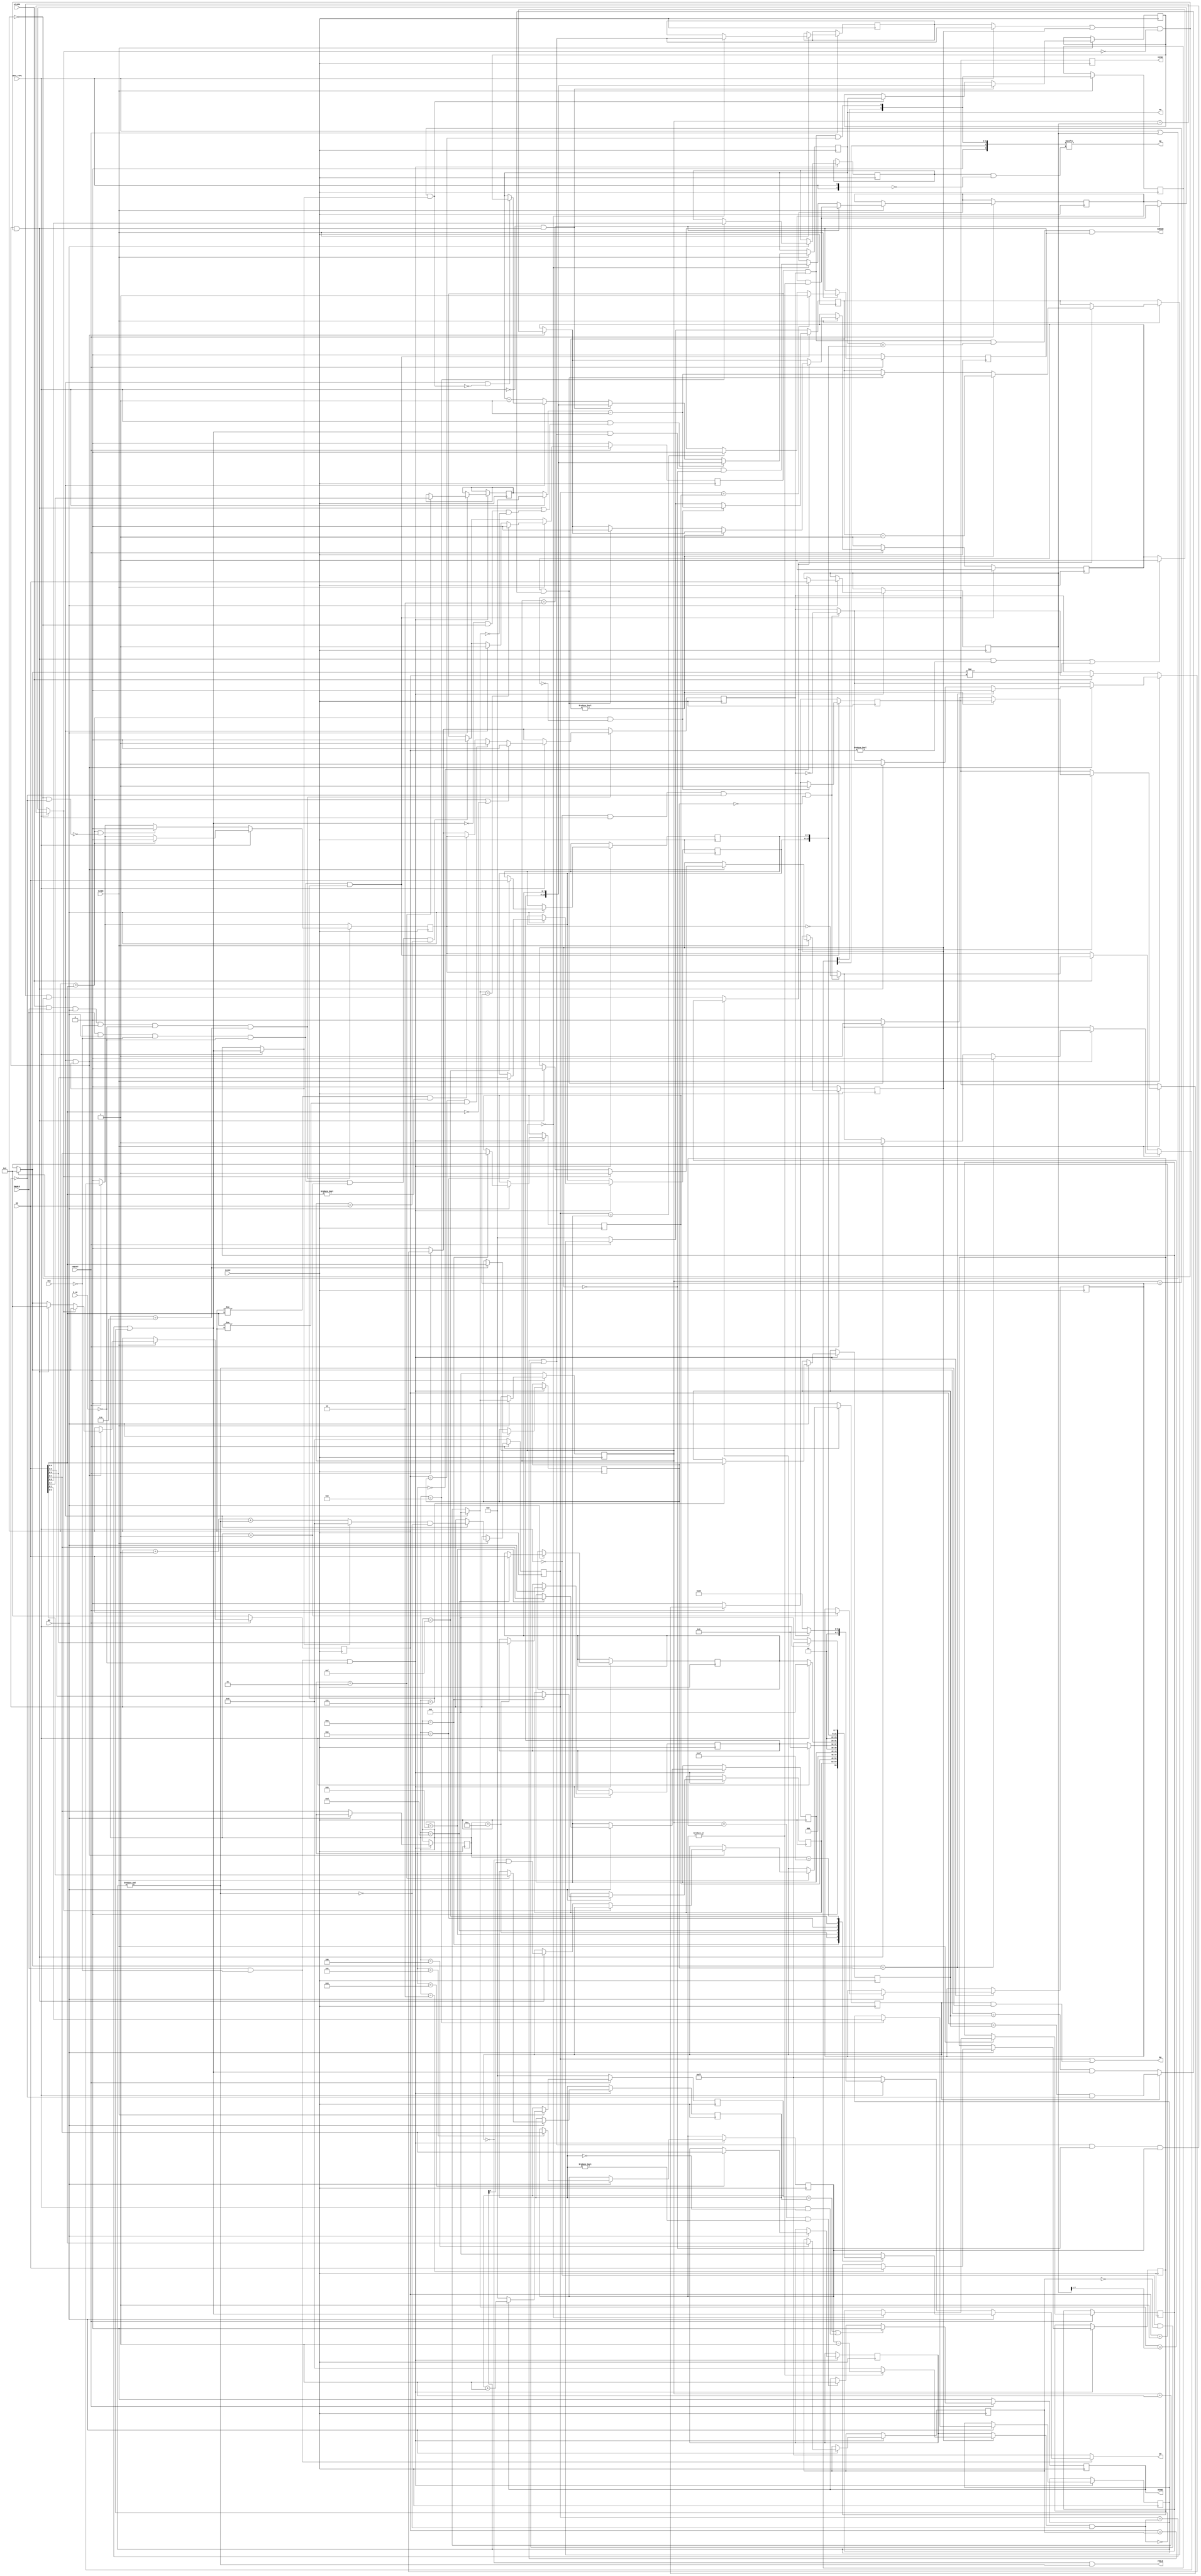
module UM6845R
(
	input            CLOCK,
	input            CLKEN,
	input            nCLKEN,
	input            nRESET,
	input            CRTC_TYPE,

	input            ENABLE,
	input            nCS,
	input            R_nW,
	input            RS,
	input      [7:0] DI,
	output reg [7:0] DO,
	
	output reg       VSYNC,
	output reg       HSYNC,
	output           DE,
	output           FIELD,
	output           CURSOR,

	output    [13:0] MA,
	output     [4:0] RA
);

/* verilator lint_off WIDTH */

assign FIELD = ~field & interlace[0];

assign MA = row_addr_r;
assign RA = line | (field & interlace[0]);

assign DE = de[R8_skew & ~{2{CRTC_TYPE}}];

reg [7:0] R0_h_total;
reg [7:0] R1_h_displayed;
reg [7:0] R2_h_sync_pos;
reg [3:0] R3_v_sync_width;
reg [3:0] R3_h_sync_width;
reg [6:0] R4_v_total;
reg [4:0] R5_v_total_adj;
reg [6:0] R6_v_displayed;
reg [6:0] R7_v_sync_pos;
reg [1:0] R8_skew;
reg [1:0] R8_interlace;
reg [4:0] R9_v_max_line;
reg [1:0] R10_cursor_mode;
reg [4:0] R10_cursor_start;
reg [4:0] R11_cursor_end;
reg [5:0] R12_start_addr_h;
reg [7:0] R13_start_addr_l;
reg [5:0] R14_cursor_h;
reg [7:0] R15_cursor_l;

reg [4:0] addr;
always @(*) begin
	DO = 8'hFF;
	if (ENABLE & ~nCS) begin
		if (RS) begin
			case (addr)
				10: DO = {R10_cursor_mode, R10_cursor_start};
				11: DO = R11_cursor_end;
				12: DO = CRTC_TYPE ? 8'h00 : R12_start_addr_h;
				13: DO = CRTC_TYPE ? 8'h00 : R13_start_addr_l;
				14: DO = R14_cursor_h;
				15: DO = R15_cursor_l;
				31: DO = CRTC_TYPE ? 8'hFF : 8'h00;
			 default: DO = 0;
			endcase
		end
		else if(CRTC_TYPE) begin
			DO = vde ? 8'h00 : 8'h20; // status for CRTC1
		end
	end
end

always @(posedge CLOCK) begin
	if (ENABLE & ~nCS & ~R_nW) begin
		if (~RS) addr <= DI[4:0];
		else begin
			case (addr)
				00: R0_h_total <= DI;
				01: R1_h_displayed <= DI;
				02: R2_h_sync_pos <= DI;
				03: {R3_v_sync_width,R3_h_sync_width} <= DI;
				04: R4_v_total <= DI[6:0];
				05: R5_v_total_adj <= DI[4:0];
				06: R6_v_displayed <= DI[6:0];
				07: R7_v_sync_pos <= DI[6:0];
				08: {R8_skew, R8_interlace} <= {DI[5:4],DI[1:0]};
				09: R9_v_max_line <= DI[4:0];
				10: {R10_cursor_mode,R10_cursor_start} <= DI[6:0];
				11: R11_cursor_end <= DI[4:0];
				12: R12_start_addr_h <= DI[5:0];
				13: R13_start_addr_l <= DI[7:0];
				14: R14_cursor_h <= DI[5:0];
				15: R15_cursor_l <= DI[7:0];
			endcase
		end
	end
end

wire [4:0] interlace = &R8_interlace[1:0];

reg        in_adj;

reg  [7:0] hcc;
wire       hcc_last  = (hcc == R0_h_total) && (CRTC_TYPE || R0_h_total); // always false if !R0_h_total on CRTC0
wire [7:0] hcc_next  = hcc_last ? 8'h00 : hcc + 1'd1;

reg  [4:0] line;
wire [4:0] line_max  = (in_adj ? (|R5_v_total_adj ? R5_v_total_adj-1'd1 : 5'd0) : R9_v_max_line) & ~interlace;
reg        line_last_r;
wire       line_last = (line == line_max) || !line_max;
wire [4:0] line_next = ((CRTC_TYPE ? line_last : line_last_r) ? 5'd0 : line + 1'd1 + interlace) & ~interlace;
wire       line_new  = hcc_last;

reg  [6:0] row;
reg        row_last_r;
wire       row_last  = (row == R4_v_total) || (!CRTC_TYPE && !R4_v_total);
wire       row_frame_last = ((CRTC_TYPE ? row_last : row_last_r) | in_adj) & ~frame_adj;
wire [6:0] row_next  = row_frame_last ? 7'd0 : row + 1'd1;
wire       row_new   = line_new & (CRTC_TYPE ? line_last : line_last_r);

reg        frame_adj_r;
wire       frame_adj_CRTC0 = (hcc == 2) ? frame_adj_r & |R5_v_total_adj : frame_adj_r;
wire       frame_adj_CRTC1 = row_last && ~in_adj && R5_v_total_adj;
wire       frame_adj = CRTC_TYPE ? frame_adj_CRTC1 : frame_adj_CRTC0;
wire       frame_new = row_new & row_frame_last;

// counters
reg  field;
always @(posedge CLOCK) begin
	if(~nRESET) begin
		hcc    <= 0;
		line   <= 0;
		row    <= 0;
		in_adj <= 0;
		field  <= 0;
	end
	else if(CLKEN) begin
		hcc <= hcc_next;
		if(line_new) line <= line_next;
		if(hcc == 0) begin
			line_last_r <= line_last;
			row_last_r <= row_last;
			frame_adj_r <= line_last & row_last & ~in_adj;
		end
		// CRTC0 always schedule the adjustment run at HCC=0,
		// then at HCC=2 it decides that it really has to run
		if(hcc == 2) frame_adj_r <= frame_adj_r & |R5_v_total_adj;

		if(row_new) begin
			row <= row_next;
			if(frame_adj) in_adj <= 1;
			else if(frame_new) begin
				in_adj <= 0;
				row <= 0;
				field <= ~field & R8_interlace[0];
			end
		end
	end
end

wire CRTC1_reload =  CRTC_TYPE & (frame_new | (~line_last & !row & !hcc_next)); //CRTC1 reloads addr on every line of 1st row
wire CRTC0_reload = ~CRTC_TYPE & frame_new;
wire row_addr_save = hcc == R1_h_displayed && (CRTC_TYPE ? line_last : line_last_r);

// address
reg  [13:0] row_addr;   // saved pointer
reg  [13:0] row_addr_r; // current pointer
always @(posedge CLOCK) begin
	if(CLKEN) begin
		if(row_addr_save) row_addr <= row_addr_r; // save current pointer

		if(hcc_last & !row_addr_save) row_addr_r <= row_addr; // restore the pointer, take care of simultaneous saving and restoring
		if(!hcc_last)                 row_addr_r <= row_addr_r + 1'd1;

		if(CRTC0_reload) begin
			row_addr <= {R12_start_addr_h, R13_start_addr_l};
			row_addr_r <= {R12_start_addr_h, R13_start_addr_l};
		end
		if(CRTC1_reload) begin
			row_addr_r <= {R12_start_addr_h, R13_start_addr_l};
		end
	end
end

// horizontal output
reg        hde;
reg  [3:0] hsc;

wire hsync_on = hcc == R2_h_sync_pos && R3_h_sync_width != 0;
wire hsync_off = (hsc == R3_h_sync_width) || (CRTC_TYPE && R3_h_sync_width == 0);

always @(posedge CLOCK) begin

	if(~nRESET) begin
		hsc    <= 0;
		hde    <= 0;
		HSYNC  <= 0;
	end
	else begin
		// should be a half char delay (other edge of the clock?)
		if (hsync_off)     HSYNC <= 0;
		else if (hsync_on) HSYNC <= 1;

		if (ENABLE & RS & ~nCS & ~R_nW & addr == 5'd01 & hcc == DI) hde <= 0;

		if (CLKEN) begin
			if(line_new)                   hde <= 1;
			if(hcc_next == R1_h_displayed) hde <= 0;

			if(HSYNC) hsc <= hsc + 1'd1;
			else hsc <= 0;
		end
	end
end

// vertical output
reg vde, vde_r;
reg VSYNC_r;
always @(posedge CLOCK) VSYNC <= VSYNC_r; // delay the same as HSYNC to not confuse the GA
always @(posedge CLOCK) begin : vertical_output_block
	reg  [3:0] vsc;
	reg        vsync_allow;

	if(~nRESET) begin
		vsc    <= 0;
		vde    <= 0;
		vde_r  <= 0;
		VSYNC_r<= 0;
		vsync_allow <= 1;
	end
	else if (CLKEN) begin
		if (!CRTC_TYPE && row == 0 && line == 0 && R6_v_displayed == 0) begin
			vde <= ~vde;
			vde_r <= ~vde_r;
		end

		if(row_new) begin
			if((frame_new & row !=0) | row_next != row) vsync_allow <= 1;
			if(frame_new)                  begin vde <= 1; vde_r <= 1; end
			if(row_next == R6_v_displayed) begin vde <= 0; vde_r <= 0; end
		end
		if(field ? (hcc_next == {1'b0, R0_h_total[7:1]}) : line_new) begin
			if(vsc) vsc <= vsc - 1'd1;
			else if (vsync_allow & (field ? (row == R7_v_sync_pos && !line) : (row_next == R7_v_sync_pos && line_last))) begin
				VSYNC_r <= 1;
				// Don't allow a new vsync until a new row (Onescreen Colonies) or the R7 is written (PHX)
				vsync_allow <= 0;
				vsc <= (CRTC_TYPE ? 4'd0 : R3_v_sync_width) - 1'd1;
			end
			else VSYNC_r <= 0;
		end
	end
	else if (nCLKEN) begin
		if (!CRTC_TYPE && row == 0 && line == 0 && R6_v_displayed == 0) begin
			vde <= ~vde;
			vde_r <= ~vde_r;
		end
	end

	if (ENABLE & RS & ~nCS & ~R_nW & addr == 5'd07) begin
		vsync_allow <= 1;
		if (row == DI[6:0] && !VSYNC_r) begin
			// TODO: extra conditions for CRTC0
			VSYNC_r <= 1;
			vsc <= (CRTC_TYPE ? 4'd0 : R3_v_sync_width) - 1'd1;
		end
	end
	if (nCLKEN & ENABLE & RS & ~nCS & ~R_nW & addr == 5'd06) begin
		if (CRTC_TYPE) begin
			if (row == DI[6:0]) vde_r <= 0;
			if (row != DI[6:0] && DI[6:0] != 0) vde <= vde_r;
			if (row == R6_v_displayed && DI[6:0] != row) vde <= 1;
			if (row == DI[6:0] || DI[6:0] == 0) vde <= 0;
		end else begin
			if (row == DI[6:0] && !(row == 0 && line == 0)) vde_r <= 0;
		end
	end
end

wire [3:0] de = {1'b0, dde[1:0], hde & vde & vde_r};
reg  [1:0] dde;
always @(posedge CLOCK) if (CLKEN) dde <= {dde[0],de[0]};

// Cursor control
reg cursor_line;
assign CURSOR = hde & vde & MA == {R14_cursor_h, R15_cursor_l} & cursor_line;

always @(posedge CLOCK) begin

	if(~nRESET) begin
		cursor_line <= 0;
	end
	else if (CLKEN) begin
		if (line == R10_cursor_start)
			cursor_line <= 1;
		else if (line == R11_cursor_end)
			cursor_line <= 0;
		end
	end

endmodule